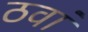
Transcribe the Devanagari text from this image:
ठवां